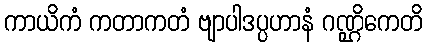
ကာယိကံ ကတာကတံ ဗျာပါဒပ္ပဟာနံ ဂဏ္ဌိကေတိ